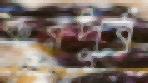
করপূর্ব